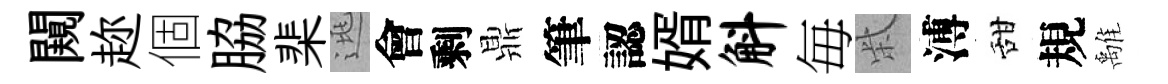
闚趂個脇棐逃會剩鼎筆認婿斛毎柴溥甜規𩀌